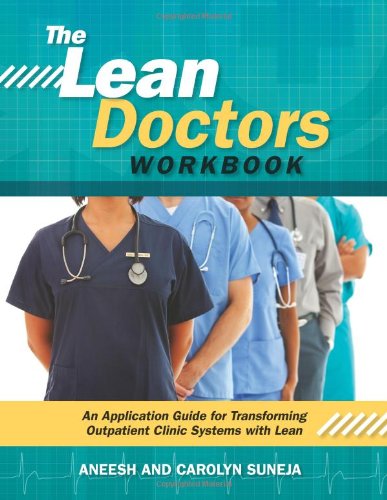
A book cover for The Lean Doctors Workbook; Aneesh and Carolyn Suneja; Business & Money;